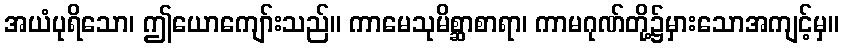
အယံပုရိသော၊ ဤယောကျော်းသည်။ ကာမေသုမိစ္ဆာစာရာ၊ ကာမဂုဏ်တို့၌မှားသောအကျင့်မှ။